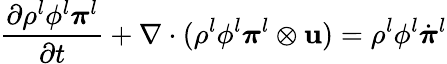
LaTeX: \frac{\partial\rho^{l}\phi^{l}\boldsymbol\pi^{l}}{\partial t}+\nabla\cdot(\rho^{l}\phi^{l}\boldsymbol\pi^{l}\otimes\mathbf{u})=\rho^{l}\phi^{l}\dot{\boldsymbol\pi}^{l}